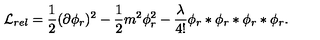
{ \cal L } _ { r e l } = \frac { 1 } { 2 } ( \partial \phi _ { r } ) ^ { 2 } - \frac { 1 } { 2 } m ^ { 2 } \phi _ { r } ^ { 2 } - \frac { \lambda } { 4 ! } \phi _ { r } * \phi _ { r } * \phi _ { r } * \phi _ { r } .